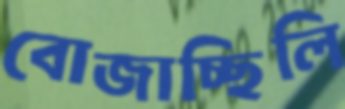
বোজাচ্ছিলি